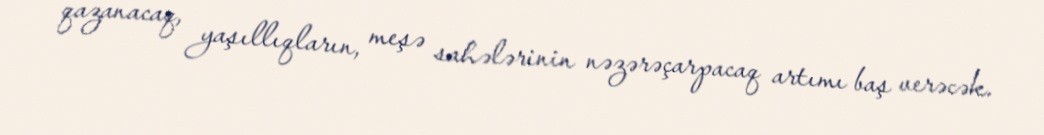
qazanacaq, yaşıllıqların, meşə sahələrinin nəzərəçarpacaq artımı baş verəcək.